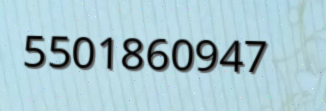
5501860947